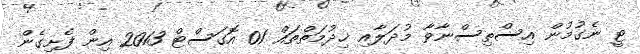
ޓީ ނެގުމުން އިސްތިސްނާވާ މުދަލާއި ޚިދުމަތްތައް 01 އޮގަސްޓް 2013 އިން ފެށިގެން